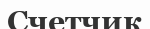
Счетчик